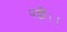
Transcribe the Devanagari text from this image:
पड़ी।।